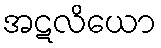
အဋလိယော